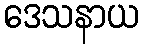
ဒေသနာယ